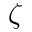
\zeta